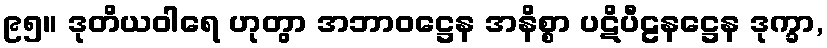
၉၅။ ဒုတိယဝါရေ ဟုတွာ အဘာဝဋ္ဌေန အနိစ္စာ ပဋိပီဠနဋ္ဌေန ဒုက္ခာ,